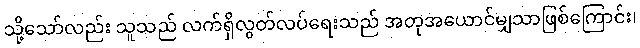
သို့သော်လည်း သူသည် လက်ရှိလွတ်လပ်ရေးသည် အတုအယောင်မျှသာဖြစ်ကြောင်း၊